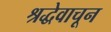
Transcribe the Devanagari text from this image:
श्रद्धेवाचून